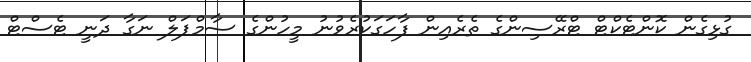
ގުޅިގެން ކޮންޓެކްޓް ޓްރޭސިންގެ ތެރެއިން ފާހަގަކުރެވުނު މީހުންގެ ސާމްޕަލް ނަގާ ދަނީ ޓެސްޓް